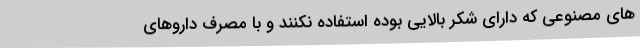
های مصنوعی که دارای شکر بالایی بوده استفاده نکنند و با مصرف داروهای